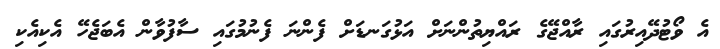
އެ ވޯޓުދޭއިރުގައި ރާއްޖޭގެ ރައްޔިތުންނަށް އަޅުގަނޑަށް ފެންނަ ފެނުމުގައި ސާފުވާން އެބަޖެހޭ އެކިއެކި